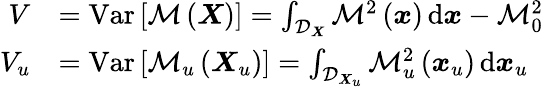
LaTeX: \begin{array}{rl}{V}&{=\operatorname{Var}\left[\mathcal{M}\left(\boldsymbol{X}\right)\right]=\int_{\mathcal{D}_{\boldsymbol{X}}}\mathcal{M}^{2}\left(\boldsymbol{x}\right)\, \mathrm{d}\boldsymbol{x}-\mathcal{M}_{0}^{2}}\\ {V_{u}}&{=\operatorname{Var}\left[\mathcal{M}_{u}\left(\boldsymbol{X}_{u}\right)\right]=\int_{\mathcal{D}_{\boldsymbol{X}_{u}}}\mathcal{M}_{u}^{2}\left(\boldsymbol{x}_{u}\right)\, \mathrm{d}\boldsymbol{x}_{u}}\end{array}